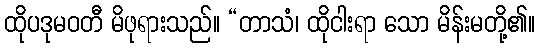
ထိုပဒုမဝတီ မိဖုရားသည်။ “တာသံ၊ ထိုငါးရာ သော မိန်းမတို့၏။